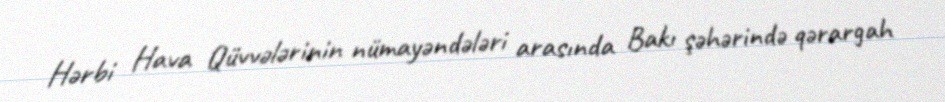
Hərbi Hava Qüvvələrinin nümayəndələri arasında Bakı şəhərində qərargah